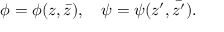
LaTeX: \phi = \phi ( z , \bar { z } ) , \quad \psi = \psi ( z ^ { \prime } , \bar { z ^ { \prime } } ) .